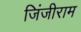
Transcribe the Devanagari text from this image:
जिंजीराम